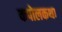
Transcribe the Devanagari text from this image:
कपोलकथा